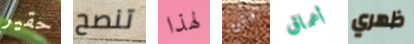
حقير تنصح لهذا بأن أعماق ظهري